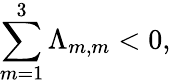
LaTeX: \sum_{m=1}^{3}\Lambda_{m,m}<0,